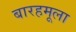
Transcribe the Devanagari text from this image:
बारहमूला